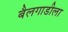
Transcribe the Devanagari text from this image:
बैलगाडीला